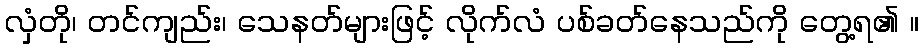
လှံတို၊ တင်ကျည်း၊ သေနတ်များဖြင့် လိုက်လံ ပစ်ခတ်နေသည်ကို တွေ့ရ၏ ။